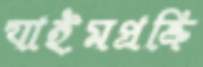
যাইমপ্রক্রি